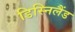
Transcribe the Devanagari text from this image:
डिस्निलैंड